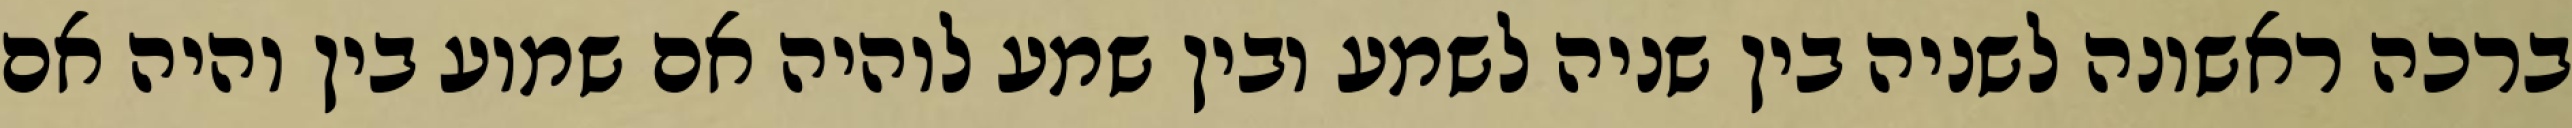
ברכה ראשונה לשניה בין שניה לשמע ובין שמע לוהיה אם שמוע בין והיה אם